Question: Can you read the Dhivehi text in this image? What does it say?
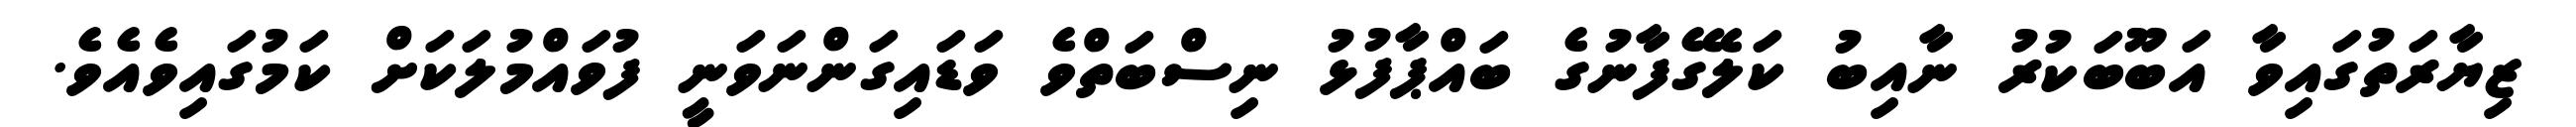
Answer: ޒިޔާރަތުގައިވާ އަބޫބަކުރު ނާއިބު ކަލޭގެފާނުގެ ބައްޕާފުޅު ނިސްބަތްވެ ވަޑައިގަންނަވަނީ ފުވައްމުލަކަށް ކަމުގައިވެއެވެ.